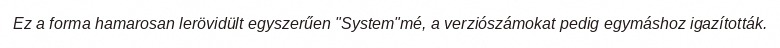
Ez a forma hamarosan lerövidült egyszerűen "System"mé, a verziószámokat pedig egymáshoz igazították.